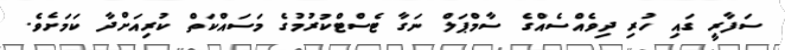
ސަފާރީ ގައި ހުރި ދިވެއްސެއްގެ ސާމްޕަލް ނަގާ ޓެސްޓްކުރުމުގެ މަސައްކަތް ކުރިއަށްދާ ކަމަށެވެ.